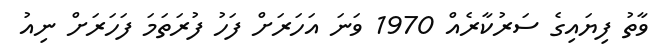
ވާތު ފިޔައިގެ ސަރުކާރެއް 1970 ވަނަ އަހަރަށް ފަހު ފުރަތަމަ ފަހަރަށް ނިއު